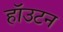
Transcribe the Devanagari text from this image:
हॉउटन